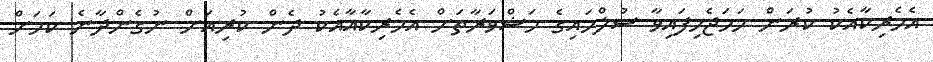
އެމެރިކާއެކު ކުރަން ހަމަޖެހިފައިވާ ސުލްހައިގެ މަޝްވަރާތަށް އެމެރިކާއާއެކު ދެން ކުރިއަށް ނުގެންދާނެ ކަމަށް